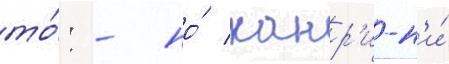
то́: - но́ канр'и-н'и́